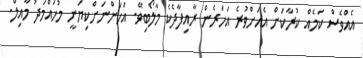
އެއްވެސް ކަމެއް ކުރާކަށް އެއަށްވުރެ އަހަރެން ރާއިފާދެކެ މާލޯބިވޭ. އަހަންނަށްކިޔަނީ މުހައްމަދު މާއިލް.